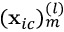
( \mathbf { x } _ { i c } ) _ { m } ^ { ( l ) }